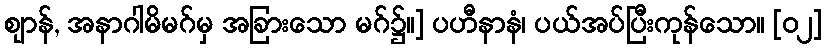
ဈာန်, အနာဂါမိမဂ်မှ အခြားသော မဂ်၌။] ပဟီနာနံ၊ ပယ်အပ်ပြီးကုန်သော။ [၀၂]